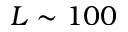
L \sim 1 0 0